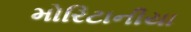
મોરિટાનીયા